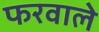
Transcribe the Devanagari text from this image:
फरवाले